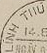
LINH THU